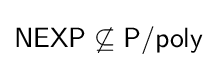
{\mathsf {NEXP}}\not \subseteq {\mathsf {P/poly}}